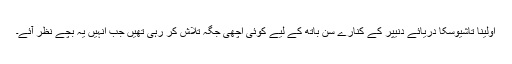
اولینا تاشیوسکا دریائے دنیپر کے کنارے سن باتھ کے لیے کوئی اچھی جگہ تلاش کر رہی تھیں جب انہیں یہ بچے نظر آئے۔